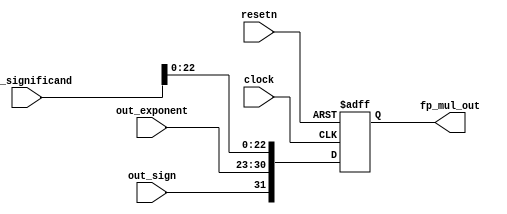
module result_status(clock, resetn, out_sign, out_exponent, out_significand, fp_mul_out);
	input clock,resetn;
	
	input out_sign;
	input [7:0] out_exponent;
	input [23:0] out_significand;
	
	output reg [31:0] fp_mul_out;

	always@(posedge clock, negedge resetn) begin
		if(!resetn) begin
			fp_mul_out <= 0;
		end
		else begin
			fp_mul_out <= {out_sign, out_exponent, out_significand[22:0]};
		end
	end

endmodule